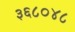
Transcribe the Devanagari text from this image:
३६८०४८